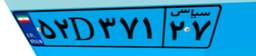
۵۲D۳۷۱۲۷